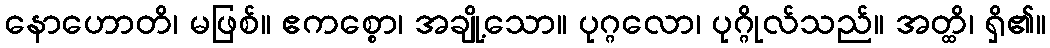
နောဟောတိ၊ မဖြစ်။ ဧကစ္စော၊ အချို့သော။ ပုဂ္ဂလော၊ ပုဂ္ဂိုလ်သည်။ အတ္ထိ၊ ရှိ၏။